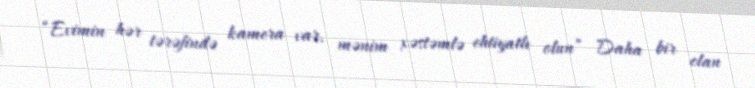
“Evimin hər tərəfində kamera var, mənim xəstəmlə ehtiyatlı olun” Daha bir elan